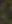
.